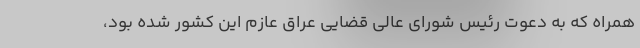
همراه که به دعوت رئیس شورای عالی قضایی عراق عازم این کشور شده بود،